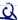
Text: Q